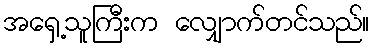
အရှေ့သူကြီးက လျှောက်တင်သည်။